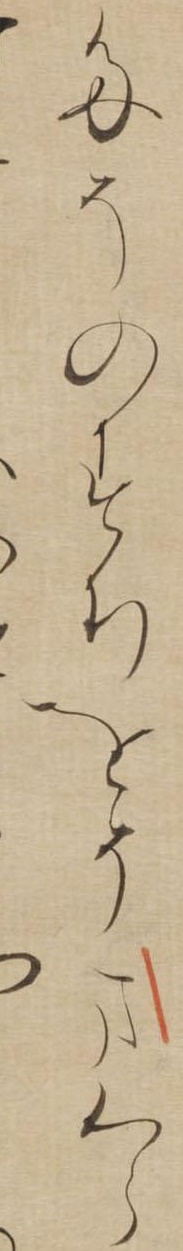
たそのすちをそまくら